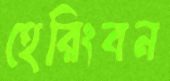
হেরিংবন